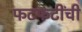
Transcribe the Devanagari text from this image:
फटफटींची